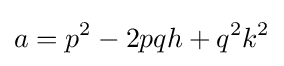
a=p^{2}-2pqh+q^{2}k^{2}